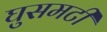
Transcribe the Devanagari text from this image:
घुसमटी